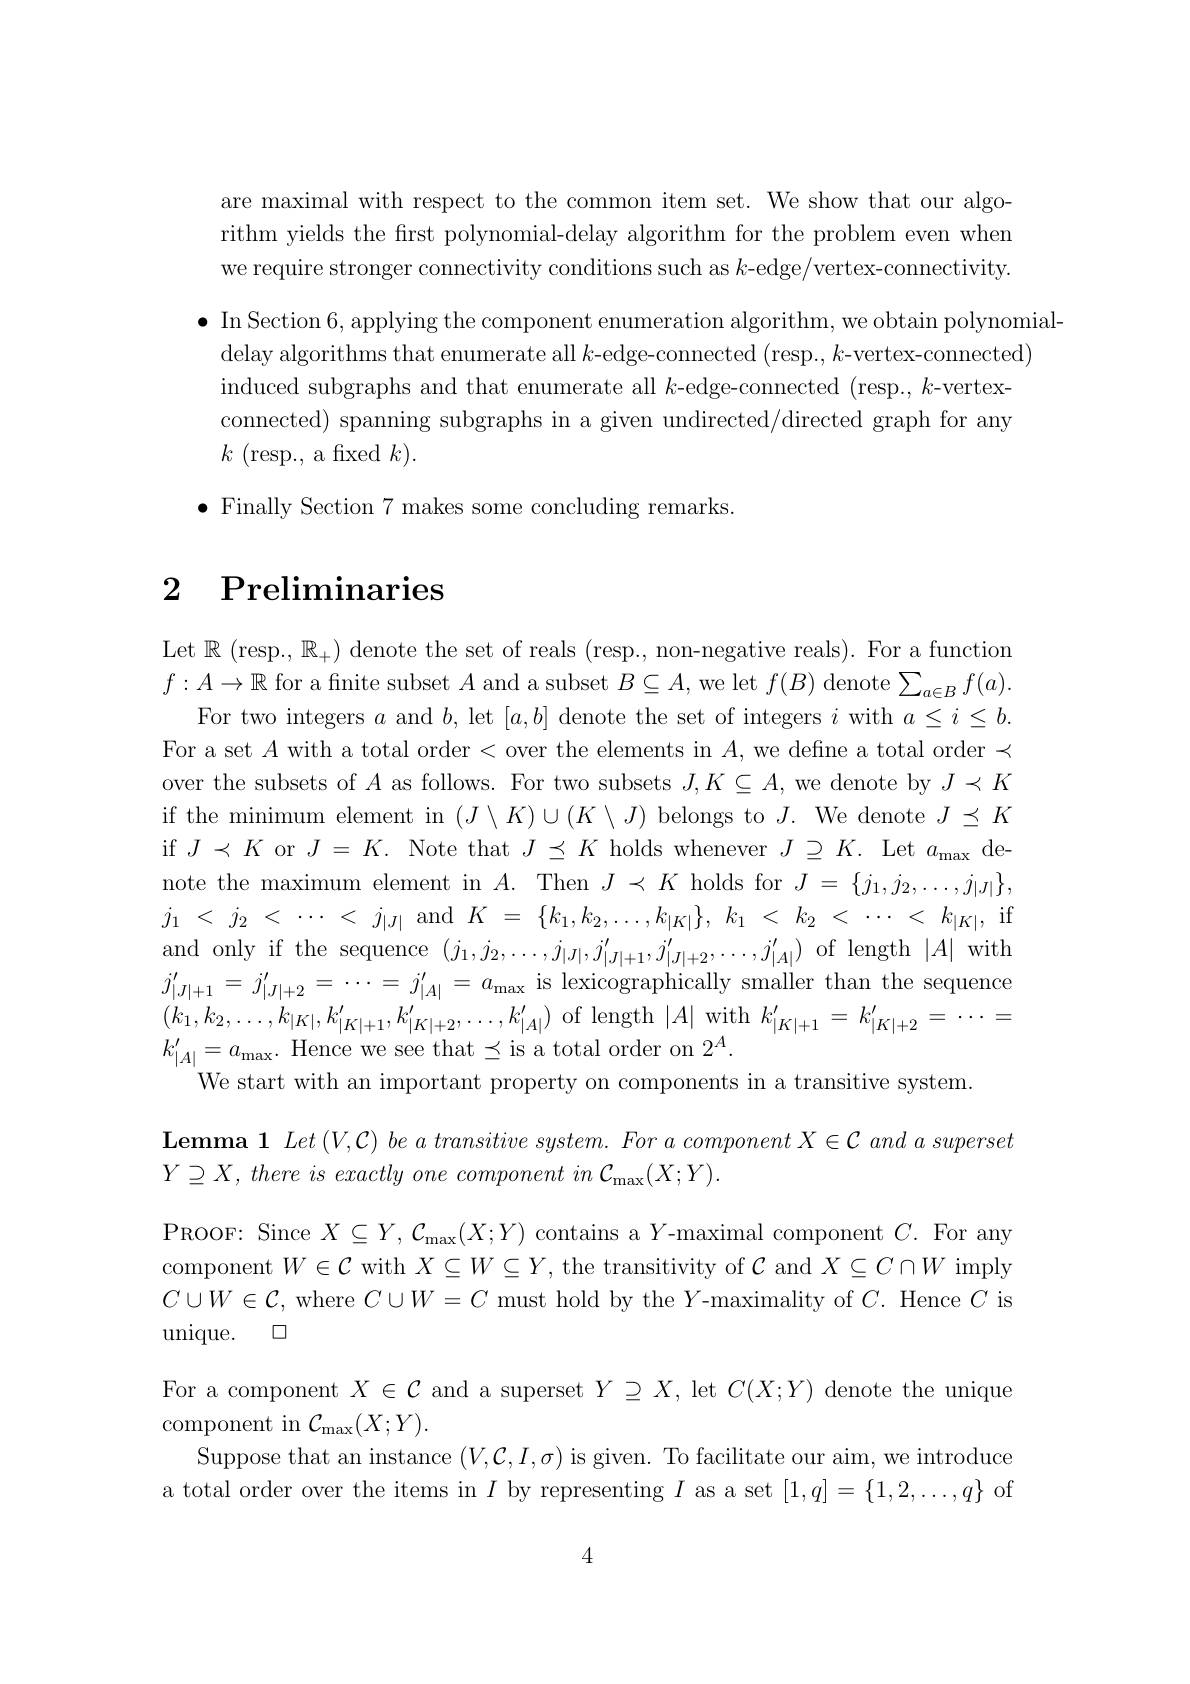
are maximal with respect to the common item set. We show that our algorithm yields the frst polynomial-delay algorithm for the problem even when we require stronger connectivity conditions such as $k$-edge/vertex-connectivity
$\bullet$ In Section 6, applying the component enumeration algorithm, we obtain polynomial-
delay algorithms that enumerate all $k$-edge-connected (resp., $k$-vertex-connected)
induced subgraphs and that enumerate all $k$-edge-connected (resp., $k$-vertexconnected) spanning subgraphs in a given undirected/directed graph for any $k$ ( resp. , a fixed $k) .$
$\bullet$ Finally Section 7 makes some concluding remarks

# 2 Preliminaries

Let $\mathbb{R}$ (resp., $\mathbb{R}_+)$ denote the set of reals (resp., non-negative reals). For a function $f:A\to\mathbb{R}$ for a fnite subset $A$ and a subset $B\subseteq A$, we let $f(B)$ denote $\sum_a\in Bf(a).$
For two integers $a$ and $b$, let $[a,b]$ denote the set of integers $i$ with $a\leq i\leq b.$ For a set $A$ with a total order < over the elements in $A$, we define a total order < over the subsets of $A$ as follows. For two subsets $J,K\subseteq A$, we denote by $J\prec K$ if the minimum element in $(J\setminus K)\cup(K\setminus J)$ belongs to $J.$ We denote $J\preceq K$ if $J\prec K$ or $J=K.$ Note that $J\preceq K$ holds whenever $J\supseteq K.$ Let $a_\mathrm{max}$ denote the maximum element in $A.$ Then $J\prec K$ holds for $J=\{j_1,j_2,\ldots,j_{|J|}\}$, $j_{1}$ < $j_{2}$ < $\cdots$ < $j_{| J| }$ and$K$ = $\{ k_{1}, k_{2}, \ldots , k_{| K| }\} $, $k_{1}$ < $k_{2}$ < $\cdots$ < $k_{| K| }$,if and only if the sequence $(j_{1},j_{2},\ldots,j_{|J|},j_{|J|+1}^{\prime},j_{|J|+2}^{\prime},\ldots,j_{|A|}^{\prime})$ of length $|A|$ with $j_{|J|+1}^{\prime}=j_{|J|+2}^{\prime}=\cdots=j_{|A|}^{\prime}=a_{\max}$ is lexicographically smaller than the sequence $( k_{1}, k_{2}, \ldots , k_{| K| }, k_{| K| + 1}^{\prime }, k_{| K| + 2}^{\prime }, \ldots , k_{| A| }^{\prime })$ of length $| A|$ with $k_{| K| + 1}^{\prime }= k_{| K| + 2}^{\prime }= \cdots =$ $k_{|A|}^{\prime}=a_{\mathrm{max}}.$Hence we see that$\preceq$is a total order on $2^A.$
We start with an important property on components in a transitive system.
$\textbf{Lemma 1 }Let\left ( V, \mathcal{C} \right ) be\textit{a transitive system. For a component }X\in \mathcal{C}$ and $a$ superset
$Y\supseteq X,\textit{there is exactly one component in C}_{\mathrm{max}}(X;Y).$
PROOF: Since $X\subseteq Y,\mathcal{C}_{\max}(X;Y)$ contains a $Y$-maximal component $C.$ For any component $W\in\mathcal{C}$ with $X\subseteq W\subseteq Y$, the transitivity of $\mathcal{C}$ and $X\subseteq C\cap W$ imply $C\cup W\in\mathcal{C}$, where $C\cup W=C$ must hold by the $Y$-maximality of $C.$ Hence $C$ is unique. $\square$
For a component $X\in\mathcal{C}$ and a superset $Y\supseteq X$, let $C(X;Y)$ denote the unique
component in $\mathcal{C}_{\mathrm{max}}(X;Y).$
Suppose that an instance $(V,\mathcal{C},I,\sigma)$ is given. To facilitate our aim, we introduce a total order over the items in $I$ by representing $I$ as a set $[1,q]=\{1,2,\ldots,q\}$ of

4